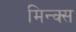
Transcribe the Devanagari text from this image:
मिन्क्स